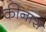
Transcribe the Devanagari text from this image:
कीनाश